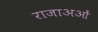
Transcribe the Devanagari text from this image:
राजाअओं